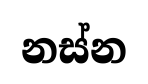
නස්න